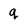
Character: q